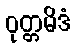
ဝုတ္တမိဒံ